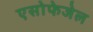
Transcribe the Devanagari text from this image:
एसोफेजेल